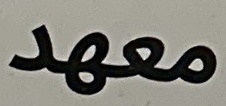
معهد